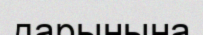
дарынына